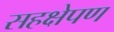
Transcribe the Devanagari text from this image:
सहक्षेपण